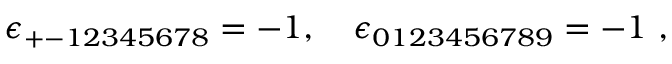
\qquad \epsilon _ { + - 1 2 3 4 5 6 7 8 } = - 1 , ~ ~ ~ \epsilon _ { 0 1 2 3 4 5 6 7 8 9 } = - 1 ~ ,